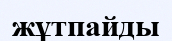
жұтпайды